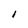
Character: 1